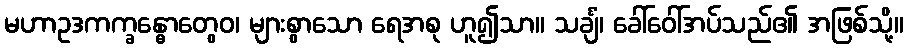
မဟာဥဒကက္ခန္ဓောတွေဝ၊ များစွာသော ရေအစု ဟူ၍သာ။ သင်္ချံ၊ ခေါ်ဝေါ်အပ်သည်၏ အဖြစ်သို့။